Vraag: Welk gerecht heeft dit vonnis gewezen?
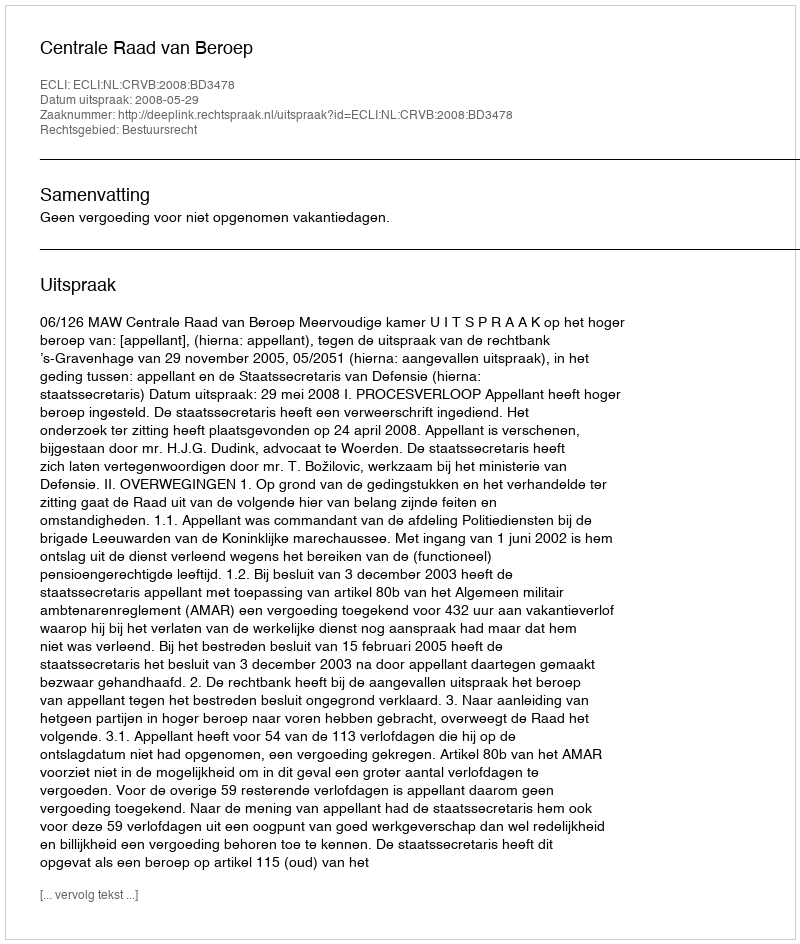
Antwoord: Centrale Raad van Beroep